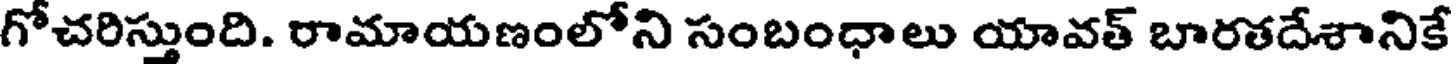
గోచరిస్తుంది. రామాయణంలోని సంబంధాలు యావత్ బారతదేశానికే